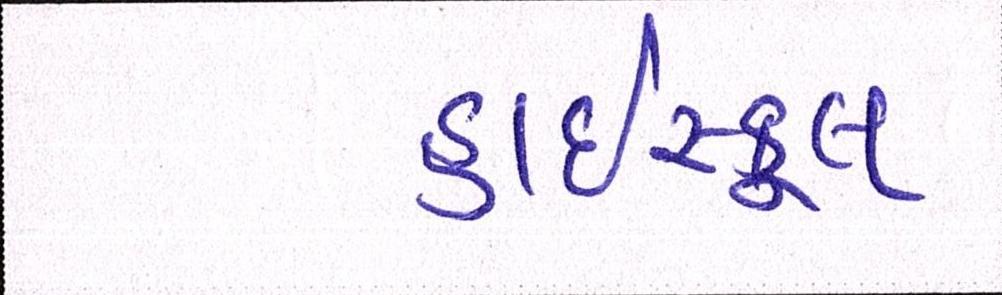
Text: હાઇસ્કૂલ